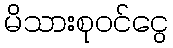
မိသားစုဝင်ငွေ